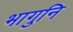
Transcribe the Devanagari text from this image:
भागुनि